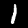
Digit: 1